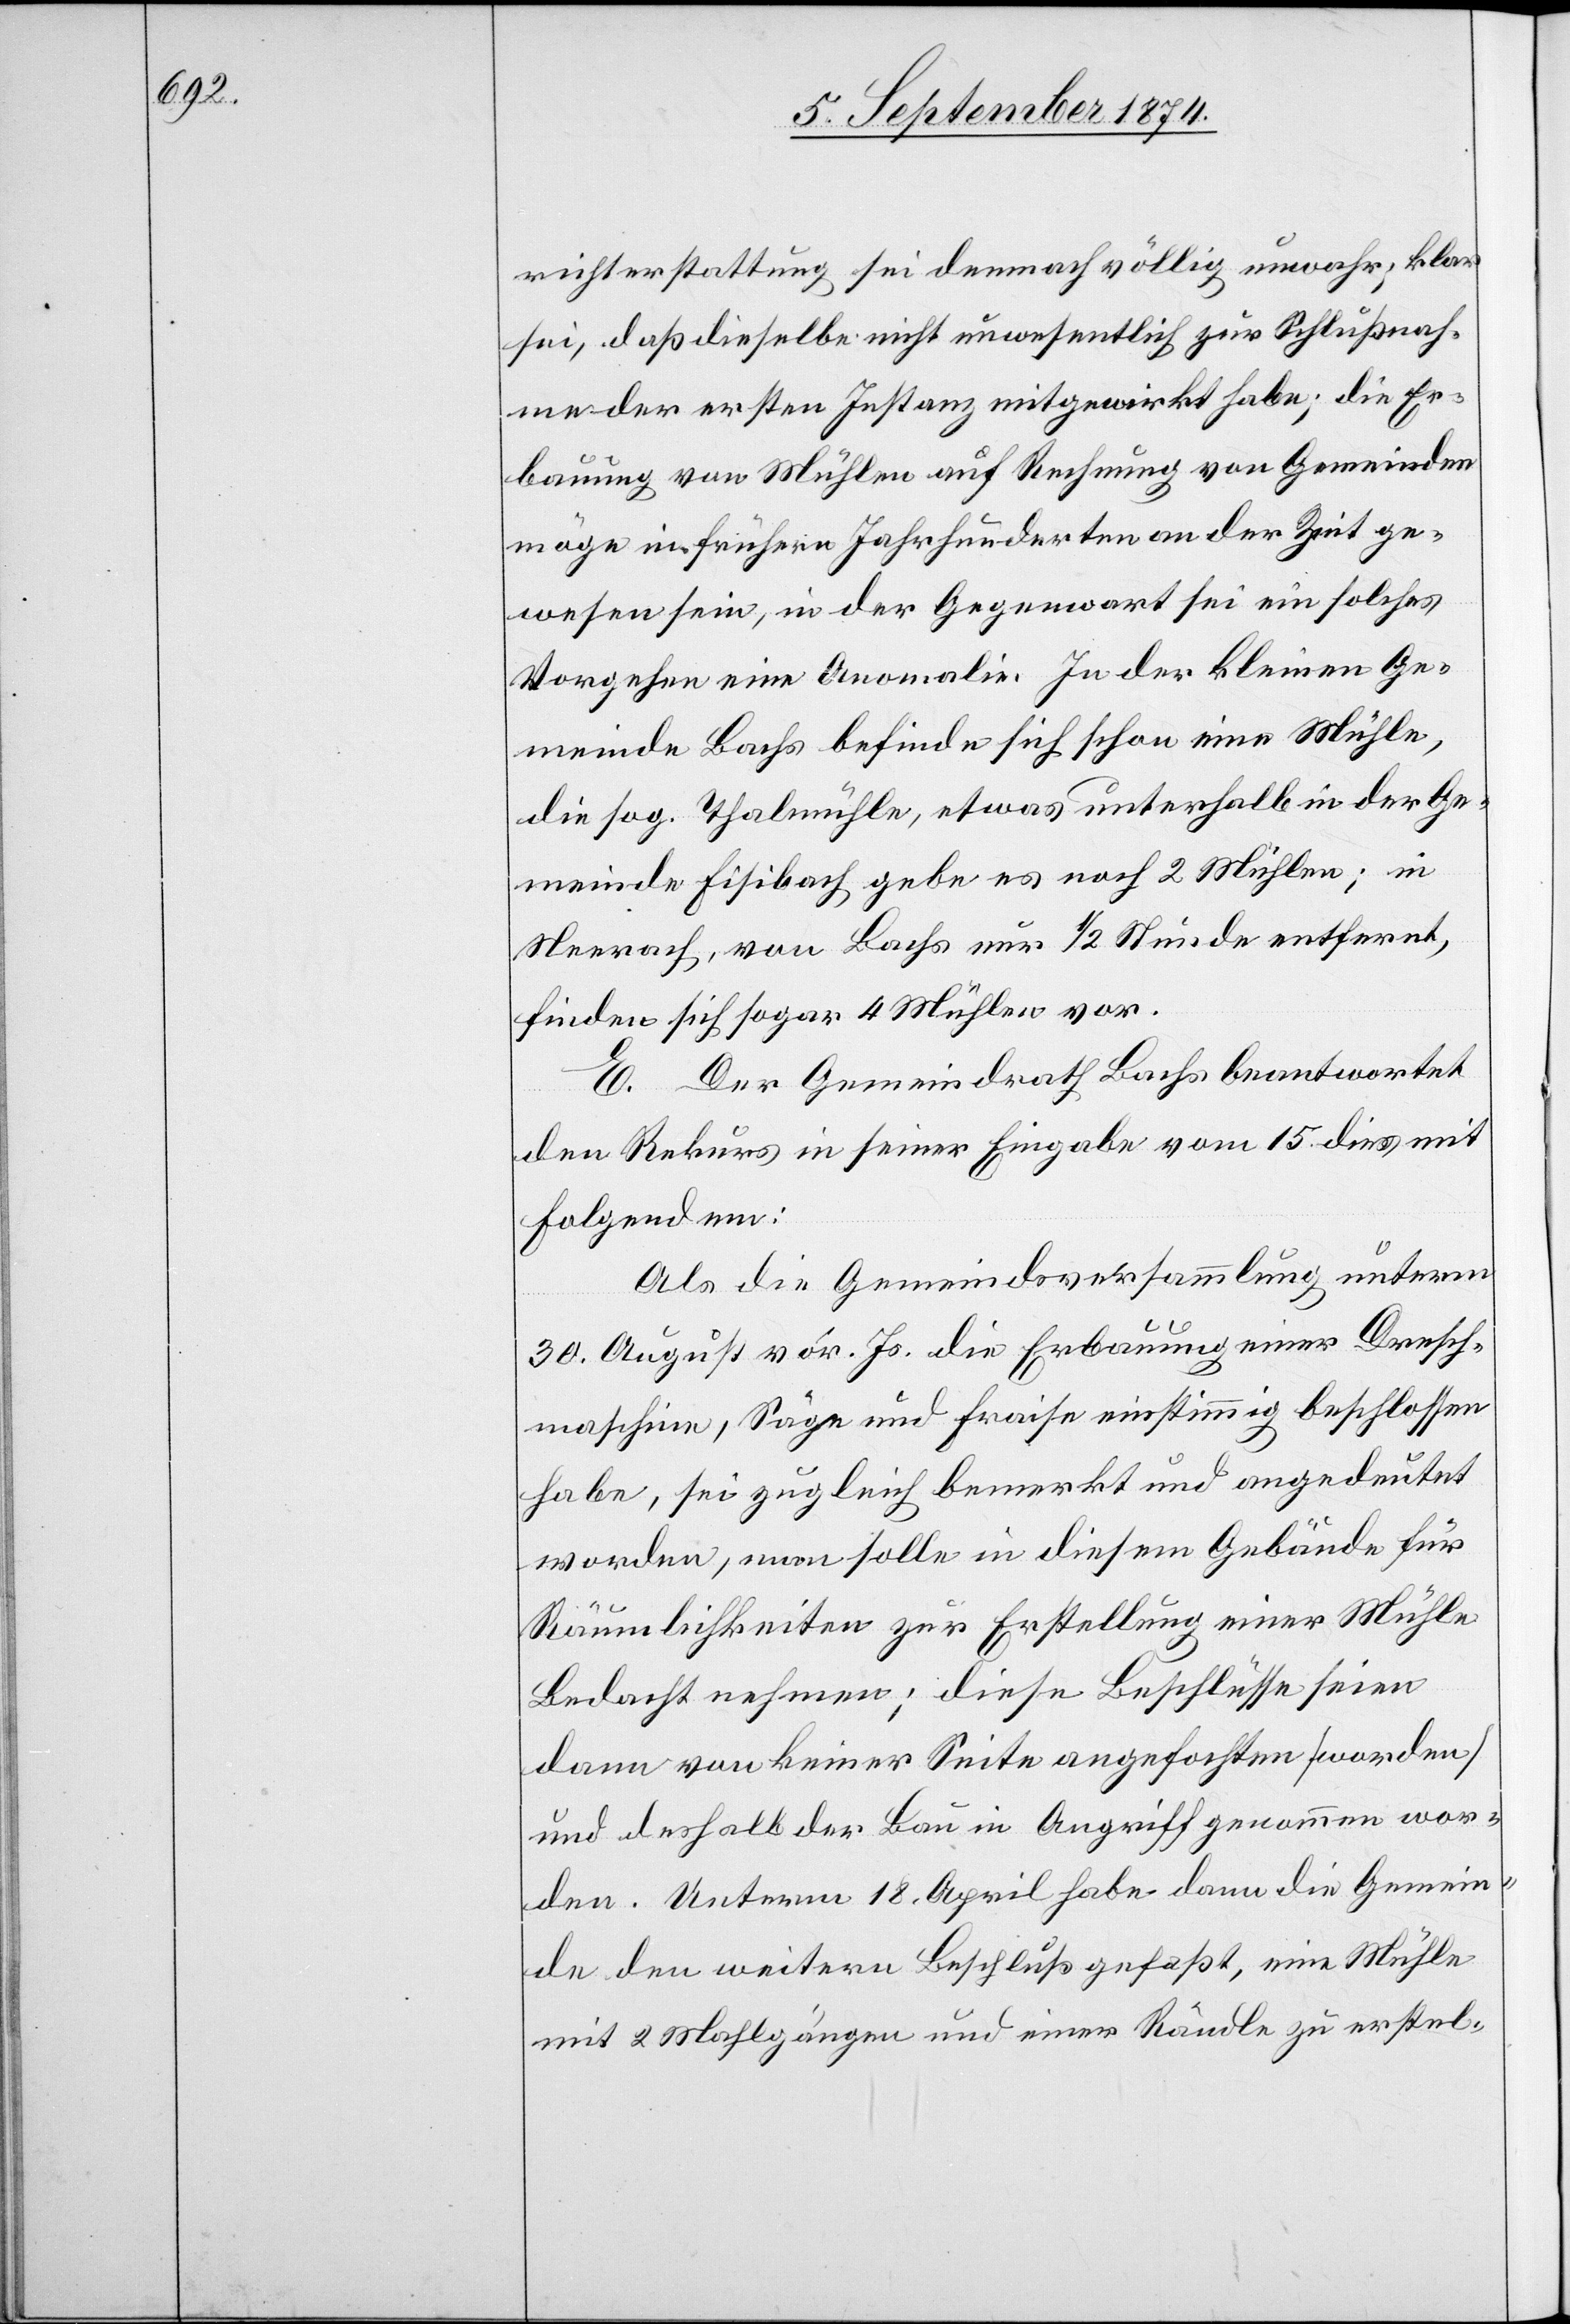
richterstattung sei demnach völlig unwahr; klar
sei, daß dieselbe nicht unwesentlich zur Schlußnah¬
me der ersten Instanz mitgewirkt habe; die Er¬
bauung von Mühlen auf Rechnung von Gemeinden
möge in frühern Jahrhunderten an der Zeit ge¬
wesen sein, in der Gegenwart sei ein solches
Vorgehen eine Anomalie. In der kleinen Ge¬
meinde Bachs befinde sich schon eine Mühle,
die sog. Thalmühle, etwas unterhalb in der Ge¬
meinde Fisibach gebe es noch 2 Mühlen; in
Neerach, von Bachs nur 1/2 Stunde entfernt,
finden sich sogar 4 Mühlen vor.
E. Der Gemeindrath Bachs beantwortet
den Rekurs in seiner Eingabe vom 15. dies mit
Folgendem:
Als die Gemeindsversammlung unterm
30. August vor. Js. die Erbauung einer Dresch¬
maschine, Säge und Fraise einstimmig beschlossen
habe, sei zugleich bemerkt und angedeutet
worden, man solle in diesem Gebäude für
Räumlichkeiten zur Erstellung einer Mühle
Bedacht nehmen; diese Beschlüsse seien
dann von keiner Seite angefochten (worden)
und deshalb der Bau in Angriff genommen wor¬
den. Unterm 18. April habe dann die Gemein¬
de den weitern Beschluß gefaßt, eine Mühle
mit 2 Mahlgängen und einer Rändle zu erstel-